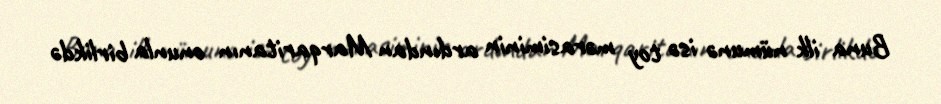
Buna ilk nümunə isə toy mərasiminin ardından Marqaritanın onunla birlikdə